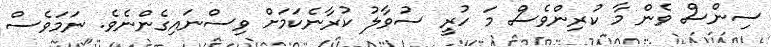
ސިންސް ވެން މާ ކުރިންވެސް މަ ހުރީ ސުވާލު ކުރާނެކަމަށް ވިސްނައިގެންނެވެ. ނަމަވެސް